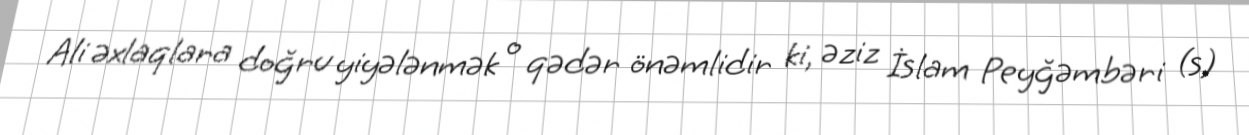
Ali əxlaqlara doğru yiyələnmək o qədər önəmlidir ki, əziz İslam Peyğəmbəri (s)